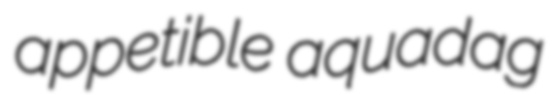
appetible aquadag